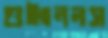
গুইংনলস